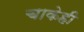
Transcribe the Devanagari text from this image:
चाकेही